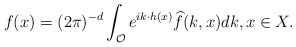
\begin{align*}f(x)=(2\pi)^{-d}\int_{\mathcal{O}}e^{ik \cdot h(x)}\widehat{f}(k,x)dk, x \in X.\end{align*}